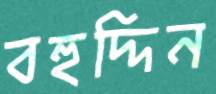
বহুদ্দিন